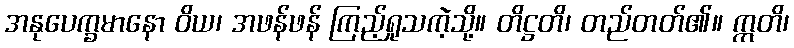
အနုပေက္ခမာနော ဝိယ၊ အဖန်ဖန် ကြည့်ရှုသကဲ့သို့။ တိဋ္ဌတိ၊ တည်တတ်၏။ ဣတိ၊